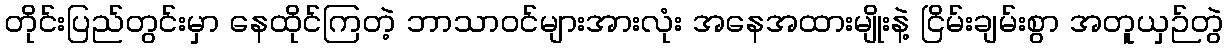
တိုင်းပြည်တွင်းမှာ နေထိုင်ကြတဲ့ ဘာသာဝင်များအားလုံး အနေအထားမျိုးနဲ့ ငြိမ်းချမ်းစွာ အတူယှဉ်တွဲ